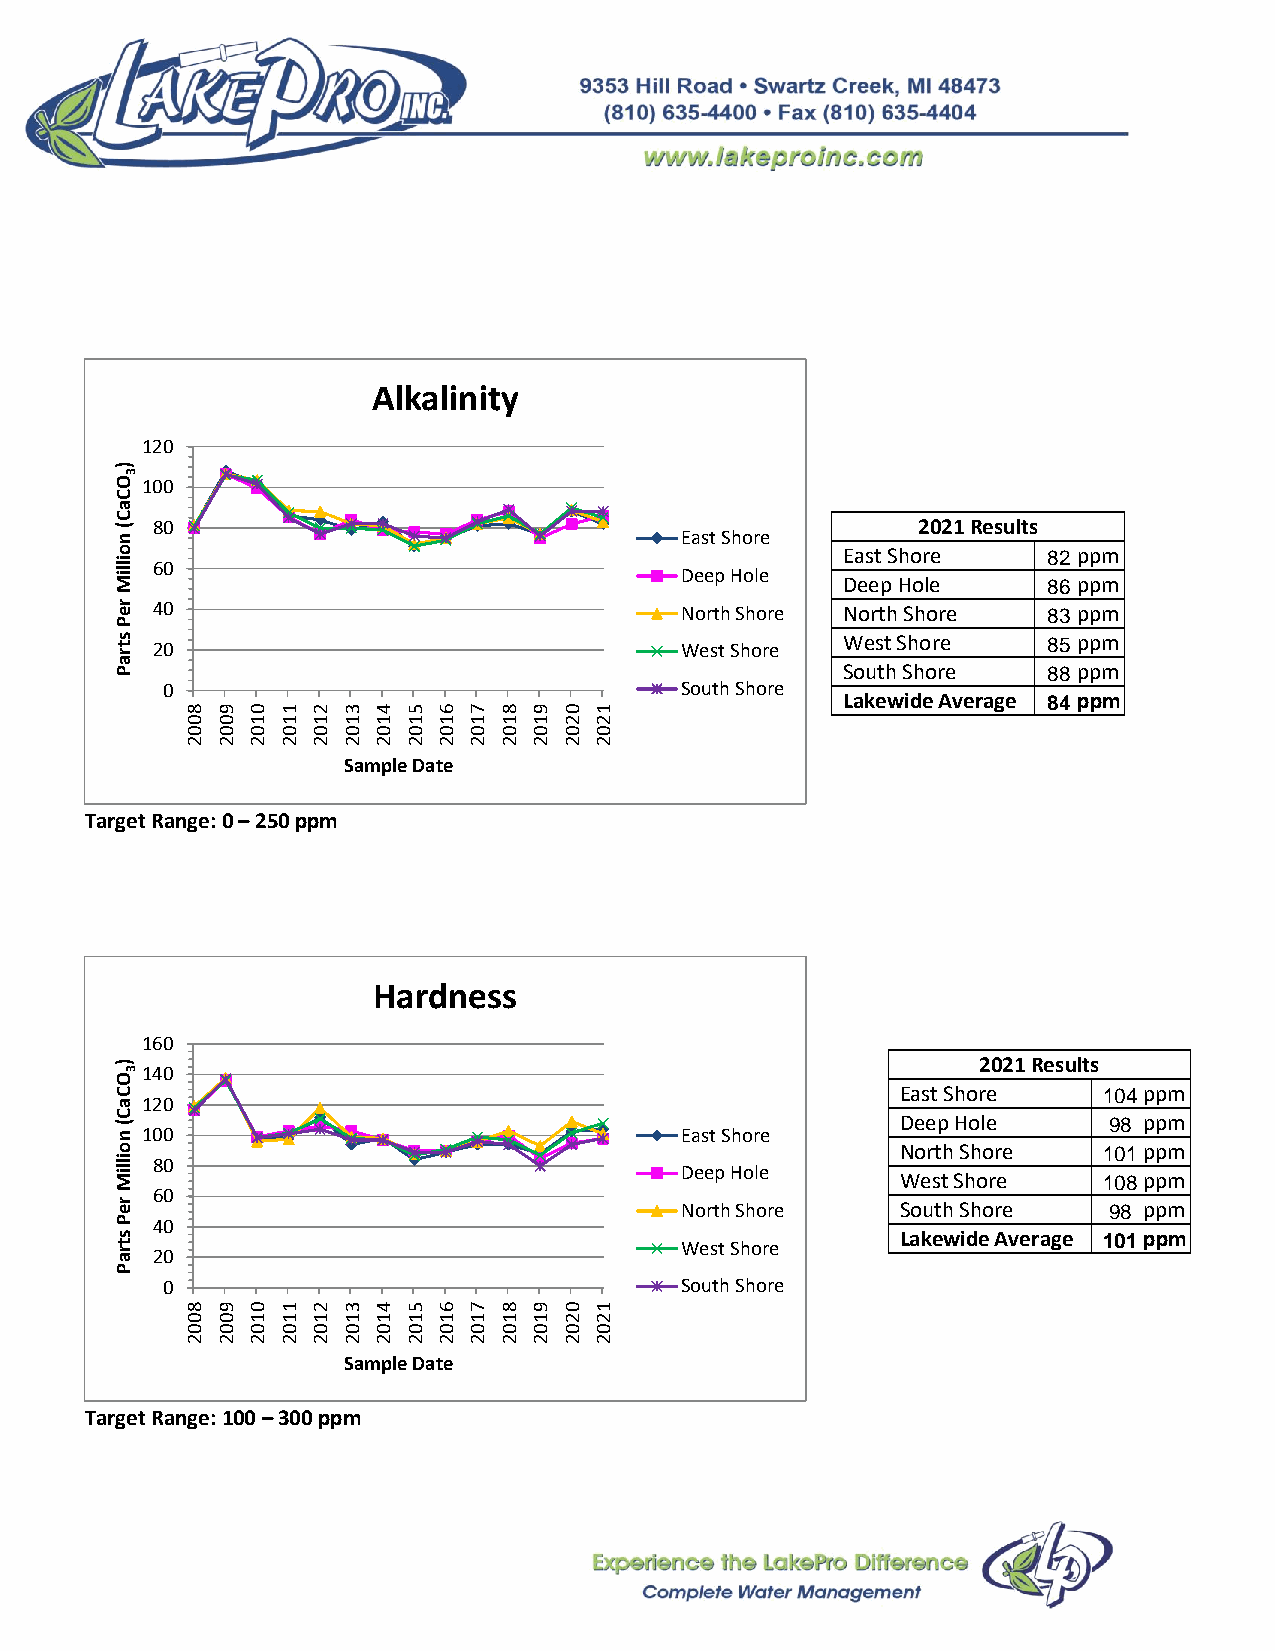
Alkalinity
 120
 )
 3
 O 100
 C
 a
 C
 ( 80                                                 2021 Results
 n                                    East Shore
 o
 illiM 60
 Deep Hole
 E Da es et
 p
 S Hho or lee 8 82
 6
 p pp pm
 m
 r e 40                               North Shore North Shore 83 ppm
 P
 s t r 20                             West Shore West Shore   85 ppm
 a
 P                                               South Shore  88 ppm
 0                                 South Shore
 Lakewide Average 84 ppm
 8 9 0  1 2 3 4 5 6 7 8 9 0 1
 0 0 1  1 1 1 1 1 1 1 1 1 2 2
 0 0 0  0 0 0 0 0 0 0 0 0 0 0
 2 2 2  2 2 2 2 2 2 2 2 2 2 2
 Sample Date
 Target Range: 0 – 250 ppm
 Hardness
 160
 ) 3140                                                   2021 Results
 O
 C                                                   East Shore   104 ppm
 a 120
 C (                                                 Deep Hole    98 ppm
 n 100                                East Shore
 o                                                   North Shore  101 ppm
 illiM 80
 Deep Hole
 West Shore   108 ppm
 r e
 60
 North Shore    South Shore  98 ppm
 P 40
 s t r a 20                           West Shore     Lakewide Average 101 ppm
 P
 0                                 South Shore
 8 9 0  1 2 3 4 5 6 7 8 9 0 1
 0 0 1  1 1 1 1 1 1 1 1 1 2 2
 0 0 0  0 0 0 0 0 0 0 0 0 0 0
 2 2 2  2 2 2 2 2 2 2 2 2 2 2
 Sample Date
 Target Range: 100 – 300 ppm